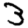
Digit: 3